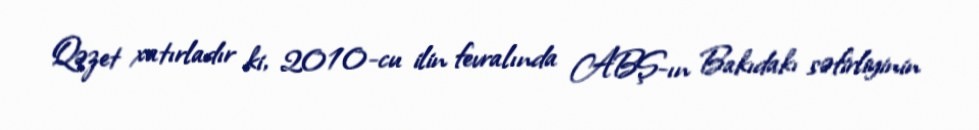
Qəzet xatırladır ki, 2010-cu ilin fevralında ABŞ-ın Bakıdakı səfirliyinin